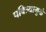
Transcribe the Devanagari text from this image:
पवित्र्यामुळे